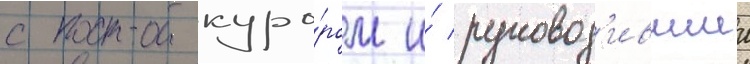
с прокуро́ром и́ руковод'ившии